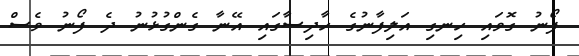
ފޯނު ގޮވައި ހިނގި އަލިފާނުގެ ހާދިސާގައި އޭނާ ގެންގުޅުނު ދެ ފޯނު ވެސް